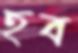
হব